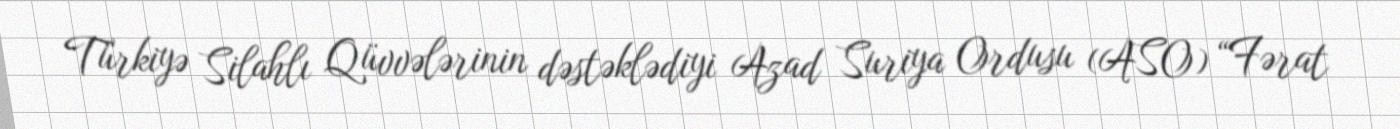
Türkiyə Silahlı Qüvvələrinin dəstəklədiyi Azad Suriya Ordusu (ASO) “Fərat